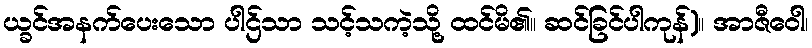
ယ္ခင်အနက်ပေးသော ပါဌ်သာ သင့်သကဲ့သို့ ထင်မိ၏။ ဆင်ခြင်ပါကုန်)။ အာဇီဝေါ၊